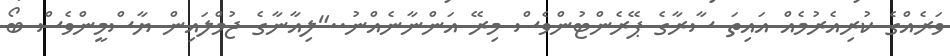
ވަރެއްގެ ކުރިއެރުމެއް އައިތަ ސާރާގެ ޕޭރެންޓުންވެސް މިރޭ އަންނާނެއްނު.."ލިއާނާގެ ޖުމްލައިން ޔާސްމީންވެސް ބޯ